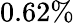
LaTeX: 0.62\%